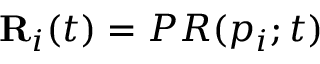
\mathbf { R } _ { i } ( t ) = P R ( p _ { i } ; t )